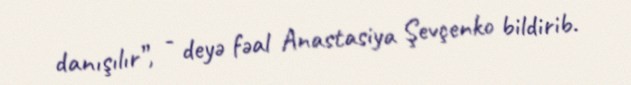
danışılır”, - deyə fəal Anastasiya Şevçenko bildirib.